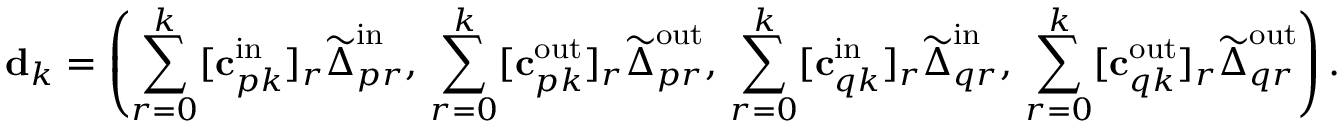
\mathbf { d } _ { k } = \left( \sum _ { r = 0 } ^ { k } [ \mathbf { c } _ { p k } ^ { \mathrm { i n } } ] _ { r } \widetilde { \boldsymbol { \Delta } } _ { p r } ^ { \mathrm { i n } } , \, \sum _ { r = 0 } ^ { k } [ \mathbf { c } _ { p k } ^ { \mathrm { o u t } } ] _ { r } \widetilde { \boldsymbol { \Delta } } _ { p r } ^ { \mathrm { o u t } } , \, \sum _ { r = 0 } ^ { k } [ \mathbf { c } _ { q k } ^ { \mathrm { i n } } ] _ { r } \widetilde { \boldsymbol { \Delta } } _ { q r } ^ { \mathrm { i n } } , \, \sum _ { r = 0 } ^ { k } [ \mathbf { c } _ { q k } ^ { \mathrm { o u t } } ] _ { r } \widetilde { \boldsymbol { \Delta } } _ { q r } ^ { \mathrm { o u t } } \right) .